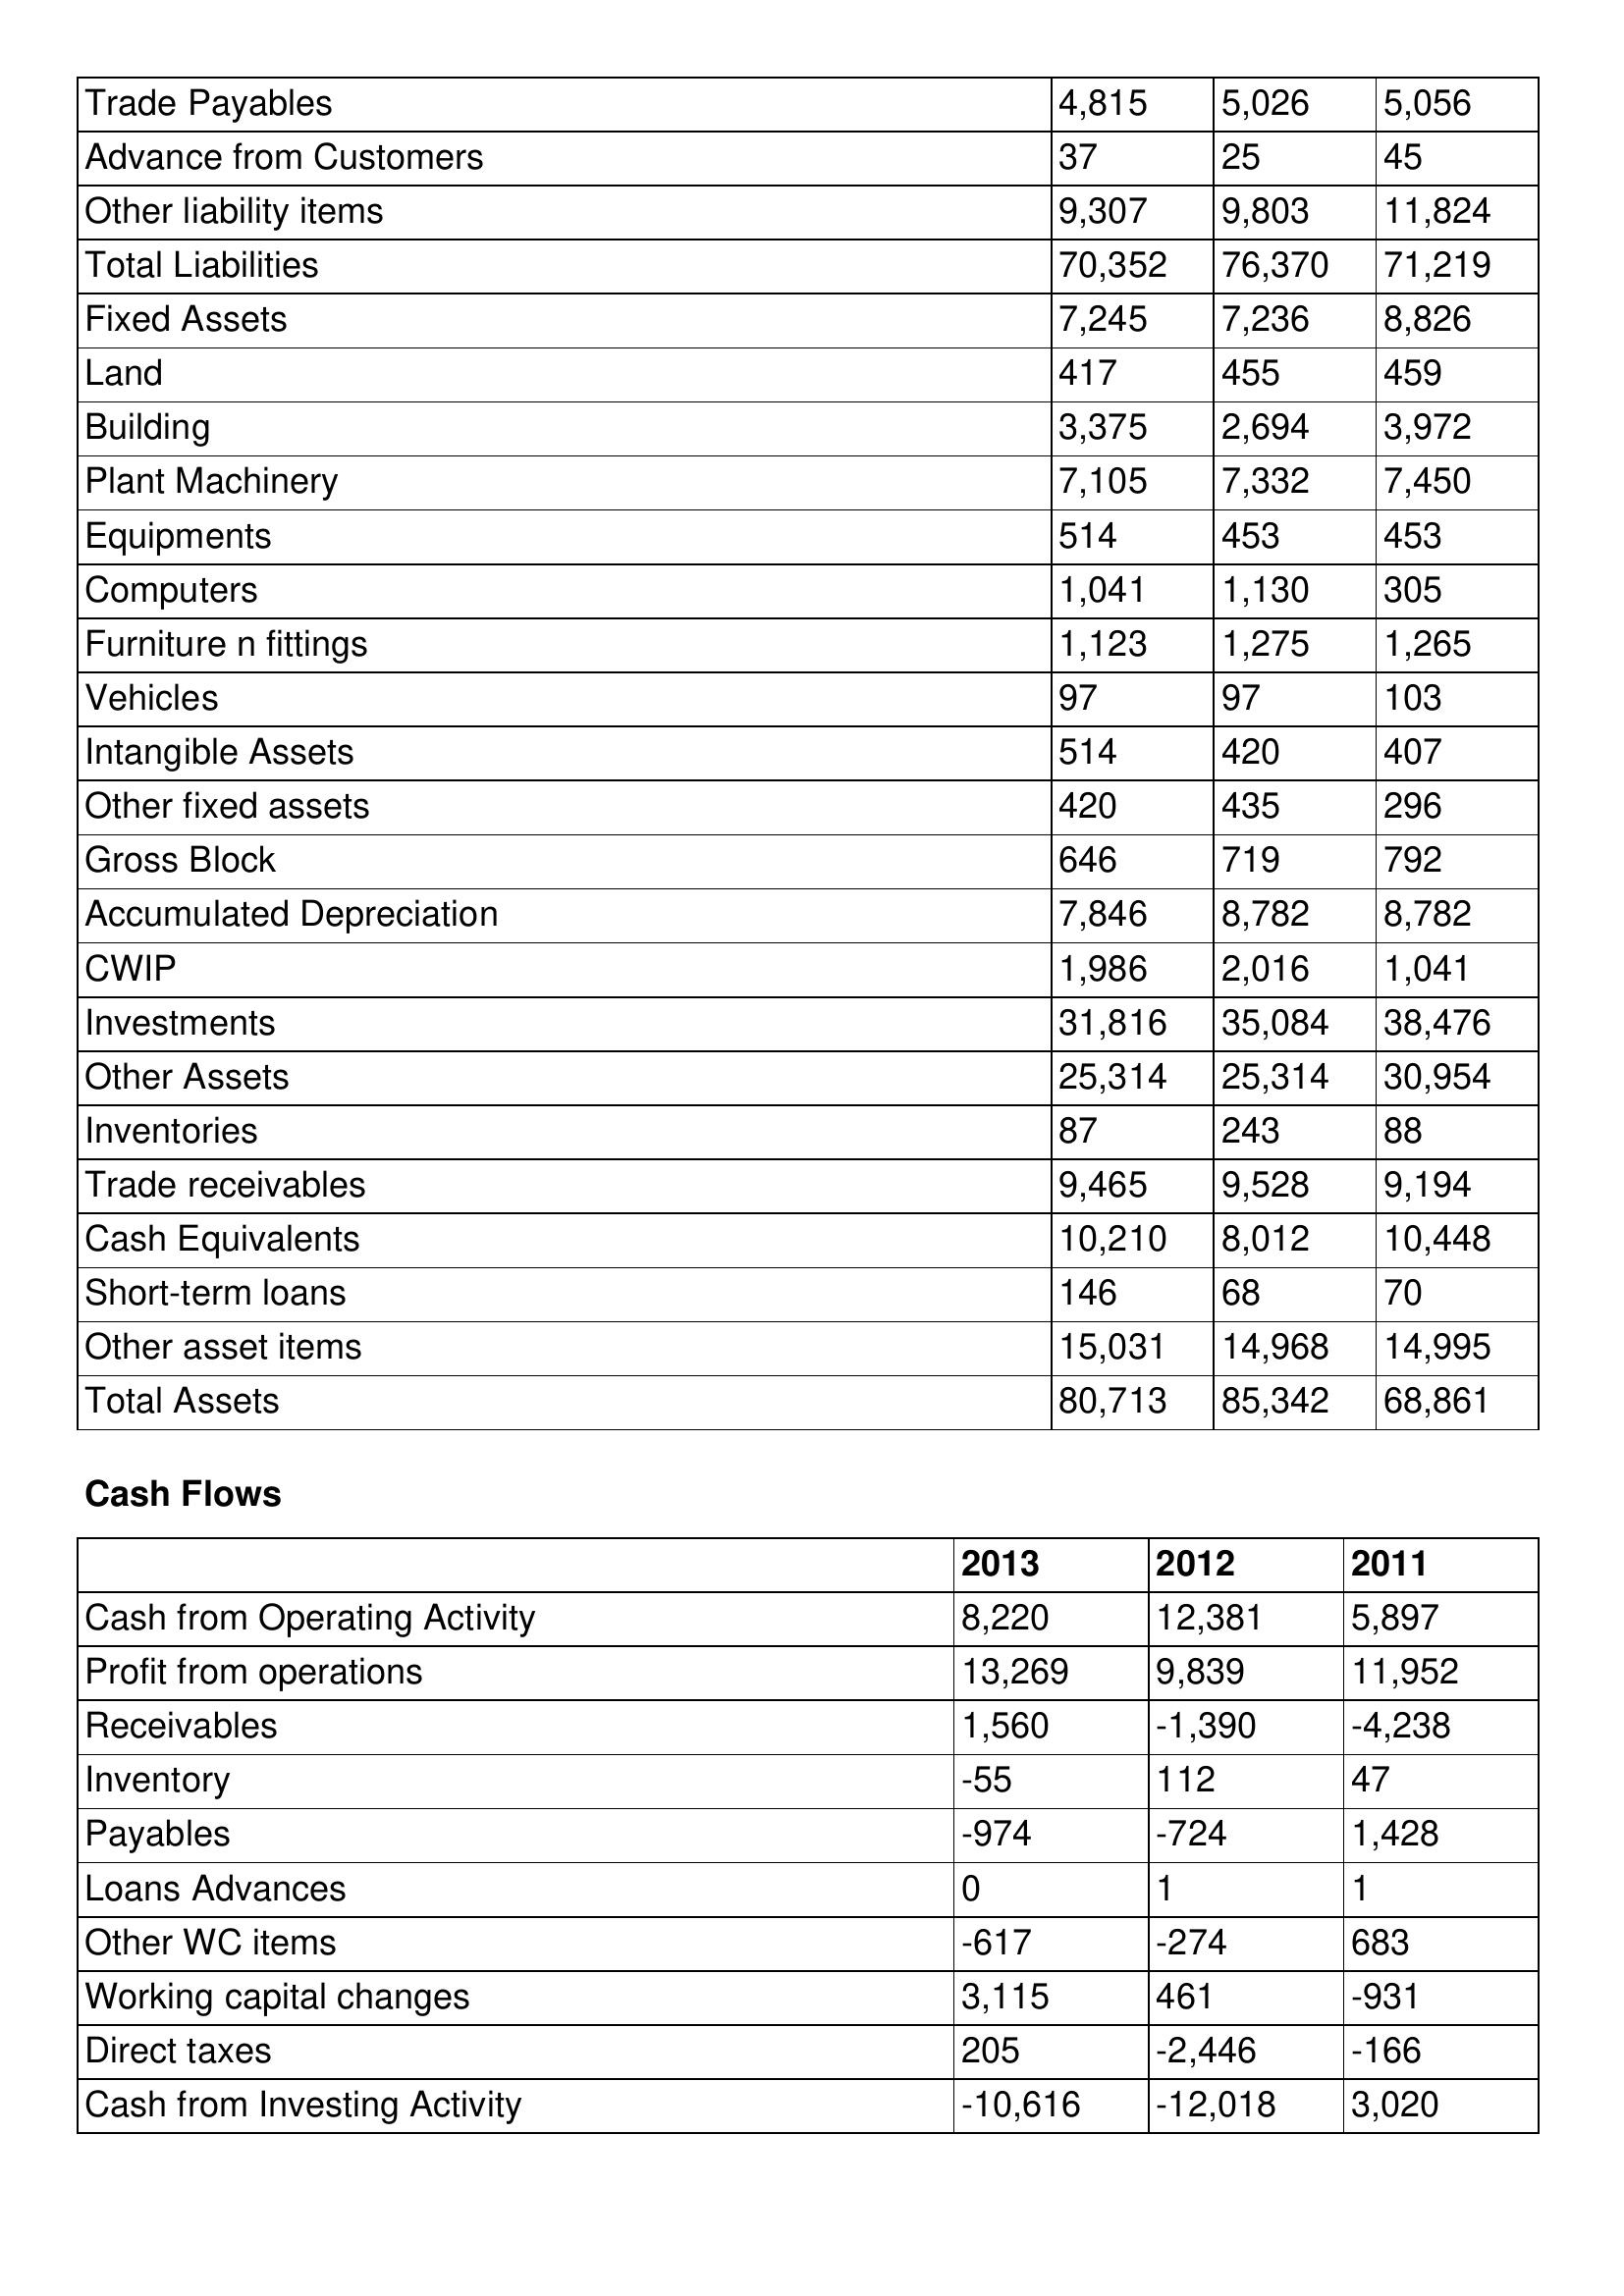
gt_parse: 2013: Balance Sheet: Trade Payables: 4,815
Advance from Customers: 37
Other liability items: 9,307
Total Liabilities: 70,352
Fixed Assets: 7,245
Land: 417
Building: 3,375
Plant Machinery: 7,105
Equipments: 514
Computers: 1,041
Furniture n fittings: 1,123
Vehicles: 97
Intangible Assets: 514
Other fixed assets: 420
Gross Block: 646
Accumulated Depreciation: 7,846
CWIP: 1,986
Investments: 31,816
Other Assets: 25,314
Inventories: 87
Trade receivables: 9,465
Cash Equivalents: 10,210
Short-term loans: 146
Other asset items: 15,031
Total Assets: 80,713
Cash Flows: Cash from Operating Activity: 8,220
Profit from operations: 13,269
Receivables: 1,560
Inventory: -55
Payables: -974
Loans Advances: 0
Other WC items: -617
Working capital changes: 3,115
Direct taxes: 205
Cash from Investing Activity: -10,616
2012: Balance Sheet: Trade Payables: 5,026
Advance from Customers: 25
Other liability items: 9,803
Total Liabilities: 76,370
Fixed Assets: 7,236
Land: 455
Building: 2,694
Plant Machinery: 7,332
Equipments: 453
Computers: 1,130
Furniture n fittings: 1,275
Vehicles: 97
Intangible Assets: 420
Other fixed assets: 435
Gross Block: 719
Accumulated Depreciation: 8,782
CWIP: 2,016
Investments: 35,084
Other Assets: 25,314
Inventories: 243
Trade receivables: 9,528
Cash Equivalents: 8,012
Short-term loans: 68
Other asset items: 14,968
Total Assets: 85,342
Cash Flows: Cash from Operating Activity: 12,381
Profit from operations: 9,839
Receivables: -1,390
Inventory: 112
Payables: -724
Loans Advances: 1
Other WC items: -274
Working capital changes: 461
Direct taxes: -2,446
Cash from Investing Activity: -12,018
2011: Balance Sheet: Trade Payables: 5,056
Advance from Customers: 45
Other liability items: 11,824
Total Liabilities: 71,219
Fixed Assets: 8,826
Land: 459
Building: 3,972
Plant Machinery: 7,450
Equipments: 453
Computers: 305
Furniture n fittings: 1,265
Vehicles: 103
Intangible Assets: 407
Other fixed assets: 296
Gross Block: 792
Accumulated Depreciation: 8,782
CWIP: 1,041
Investments: 38,476
Other Assets: 30,954
Inventories: 88
Trade receivables: 9,194
Cash Equivalents: 10,448
Short-term loans: 70
Other asset items: 14,995
Total Assets: 68,861
Cash Flows: Cash from Operating Activity: 5,897
Profit from operations: 11,952
Receivables: -4,238
Inventory: 47
Payables: 1,428
Loans Advances: 1
Other WC items: 683
Working capital changes: -931
Direct taxes: -166
Cash from Investing Activity: 3,020